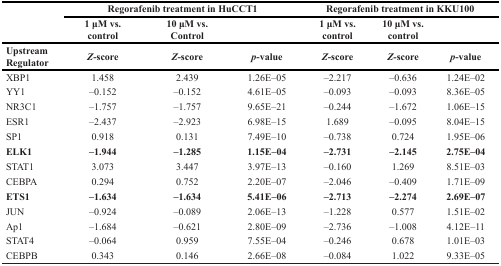
<table><thead><tr><td></td><td colspan="3"><b>Regorafenib treatment in HuCCT1</b></td><td colspan="3"><b>Regorafenib treatment in KKU100</b></td></tr><tr><td></td><td><b>1 μM vs. control</b></td><td><b>10 μM vs. Control</b></td><td></td><td><b>1 μM vs. control</b></td><td><b>10 μM vs. control</b></td><td></td></tr><tr><td><b>Upstream Regulator</b></td><td><b><i>Z</i>-score</b></td><td><b><i>Z</i>-score</b></td><td><b><i>p</i>-value</b></td><td><b><i>Z</i>-score</b></td><td><b><i>Z-</i>score</b></td><td><b><i>p</i>-value</b></td></tr></thead><tbody><tr><td>XBP1</td><td>1.458</td><td>2.439</td><td>1.26E–05</td><td>–2.217</td><td>–0.636</td><td>1.24E–02</td></tr><tr><td>YY1</td><td>–0.152</td><td>–0.152</td><td>4.61E–05</td><td>–0.093</td><td>–0.093</td><td>8.36E–05</td></tr><tr><td>NR3C1</td><td>–1.757</td><td>–1.757</td><td>9.65E–21</td><td>–0.244</td><td>–1.672</td><td>1.06E–15</td></tr><tr><td>ESR1</td><td>–2.437</td><td>–2.923</td><td>6.98E–15</td><td>1.689</td><td>–0.095</td><td>8.04E–15</td></tr><tr><td>SP1</td><td>0.918</td><td>0.131</td><td>7.49E–10</td><td>–0.738</td><td>0.724</td><td>1.95E–06</td></tr><tr><td><b>ELK1</b></td><td><b>–1.944</b></td><td><b>–1.285</b></td><td><b>1.15E–04</b></td><td><b>–2.731</b></td><td><b>–2.145</b></td><td><b>2.75E–04</b></td></tr><tr><td>STAT1</td><td>3.073</td><td>3.447</td><td>3.97E–13</td><td>–0.160</td><td>1.269</td><td>8.51E–03</td></tr><tr><td>CEBPA</td><td>0.294</td><td>0.752</td><td>2.20E–07</td><td>–2.046</td><td>–0.409</td><td>1.71E–09</td></tr><tr><td><b>ETS1</b></td><td><b>–1.634</b></td><td><b>–1.634</b></td><td><b>5.41E–06</b></td><td><b>–2.713</b></td><td><b>–2.274</b></td><td><b>2.69E–07</b></td></tr><tr><td>JUN</td><td>–0.924</td><td>–0.089</td><td>2.06E–13</td><td>–1.228</td><td>0.577</td><td>1.51E–02</td></tr><tr><td>Ap1</td><td>–1.684</td><td>–0.621</td><td>2.80E–09</td><td>–2.736</td><td>–1.008</td><td>4.12E–11</td></tr><tr><td>STAT4</td><td>–0.064</td><td>0.959</td><td>7.55E–04</td><td>–0.246</td><td>0.678</td><td>1.01E–03</td></tr><tr><td>CEBPB</td><td>0.343</td><td>0.146</td><td>2.66E–08</td><td>–0.084</td><td>1.022</td><td>9.33E–05</td></tr></tbody></table>